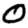
Digit: 0